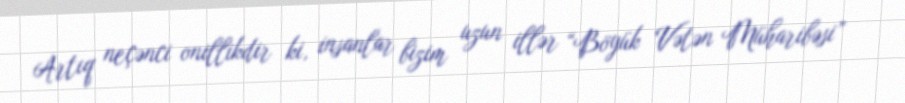
Artıq neçənci onillikdir ki, insanlar bizim uzun illər “Böyük Vətən Müharibəsi”